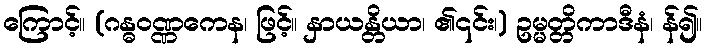
ကြောင့်။ (ဂန္ဓဝဏ္ဏကေန၊ ဖြင့်။ နှာယန္တိယာ၊ ၏၎င်း၊) ဥမ္မတ္တိကာဒီနံ၊ န်၍။